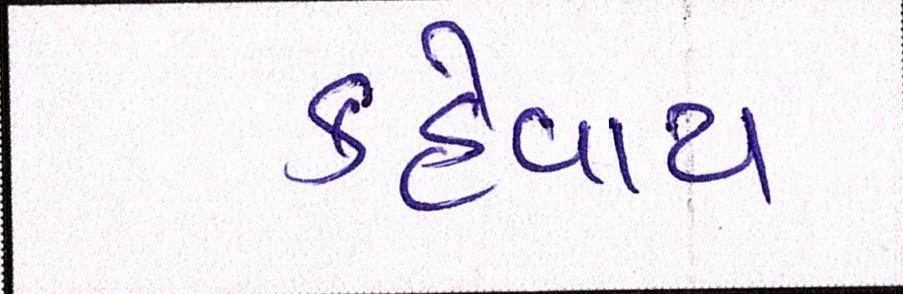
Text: કહેવાય